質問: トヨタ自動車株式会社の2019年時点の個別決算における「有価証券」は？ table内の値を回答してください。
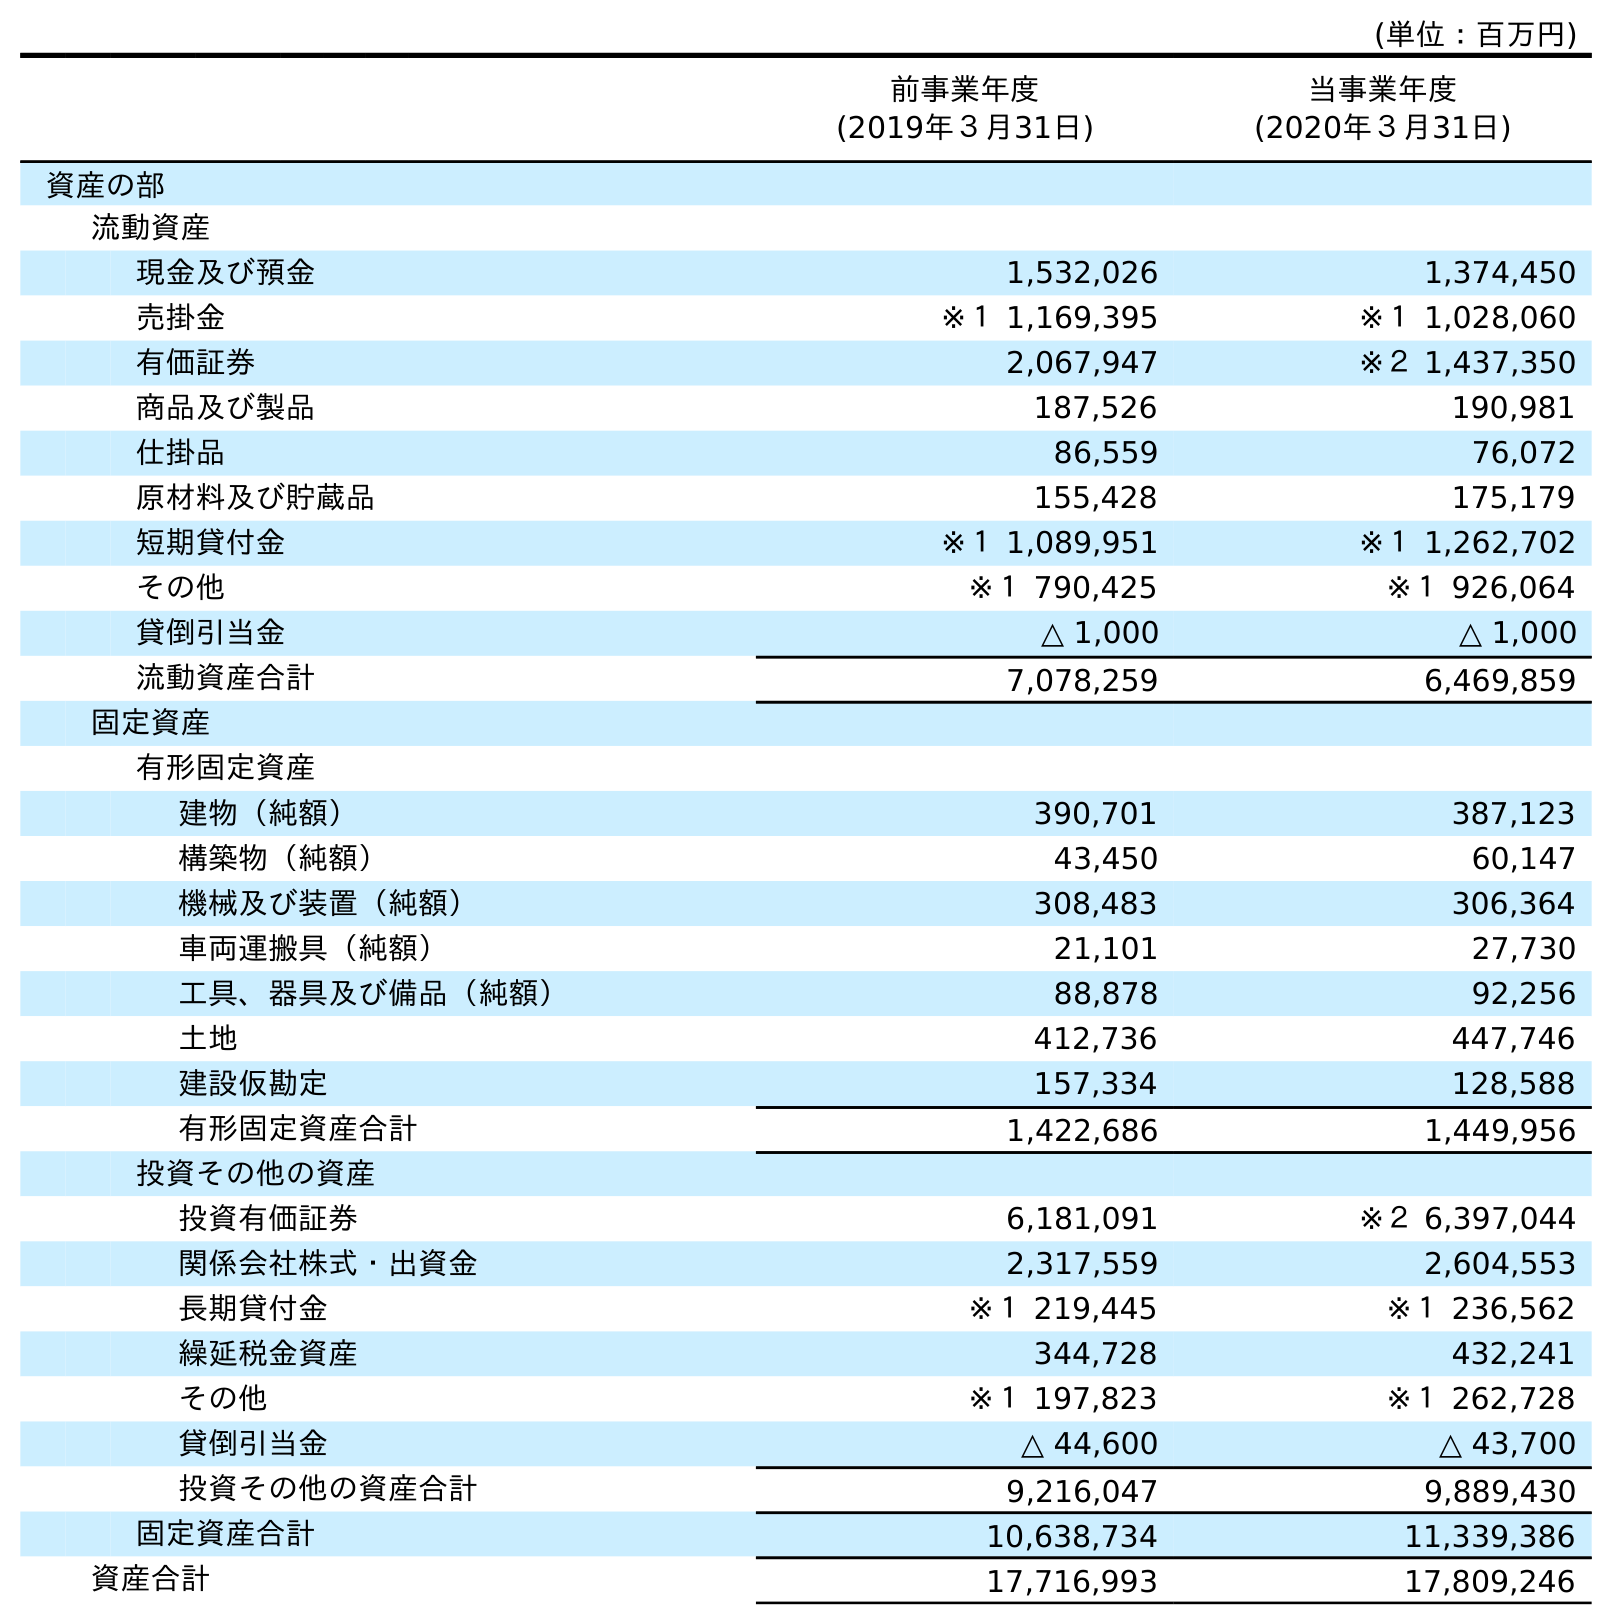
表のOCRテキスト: (単位：百万円) 前事業年度 (2019年３月31日) 当事業年度 (2020年３月31日) 資産の部 流動資産 現金及び預金 1,532,026 1,374,450 売掛金 ※１ 1,169,395 ※１ 1,028,060 有価証券 2,067,947 ※２ 1,437,350 商品及び製品 187,526 190,981 仕掛品 86,559 76,072 原材料及び貯蔵品 155,428 175,179 短期貸付金 ※１ 1,089,951 ※１ 1,262,702 その他 ※１ 790,425 ※１ 926,064 貸倒引当金 △ 1,000 △ 1,000 流動資産合計 7,078,259 6,469,859 固定資産 有形固定資産 建物（純額） 390,701 387,123 構築物（純額） 43,450 60,147 機械及び装置（純額） 308,483 306,364 車両運搬具（純額） 21,101 27,730 工具、器具及び備品（純額） 88,878 92,256 土地 412,736 447,746 建設仮勘定 157,334 128,588 有形固定資産合計 1,422,686 1,449,956 投資その他の資産 投資有価証券 6,181,091 ※２ 6,397,044 関係会社株式・出資金 2,317,559 2,604,553 長期貸付金 ※１ 219,445 ※１ 236,562 繰延税金資産 344,728 432,241 その他 ※１ 197,823 ※１ 262,728 貸倒引当金 △ 44,600 △ 43,700 投資その他の資産合計 9,216,047 9,889,430 固定資産合計 10,638,734 11,339,386 資産合計 17,716,993 17,809,246
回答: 2,067,947